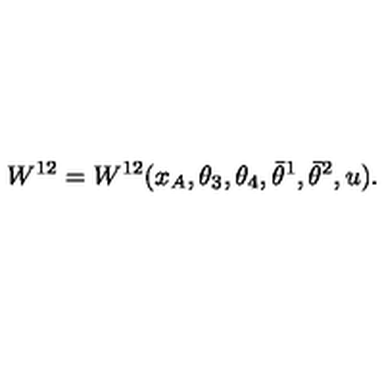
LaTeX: W ^ { 1 2 } = W ^ { 1 2 } ( x _ { A } , \theta _ { 3 } , \theta _ { 4 } , \bar { \theta } ^ { 1 } , \bar { \theta } ^ { 2 } , u ) .